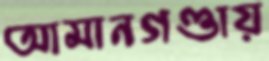
আমানগণ্ডায়